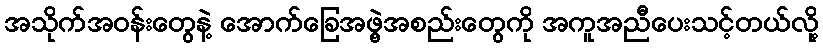
အသိုက်အဝန်းတွေနဲ့ အောက်ခြေအဖွဲ့အစည်းတွေကို အကူအညီပေးသင့်တယ်လို့